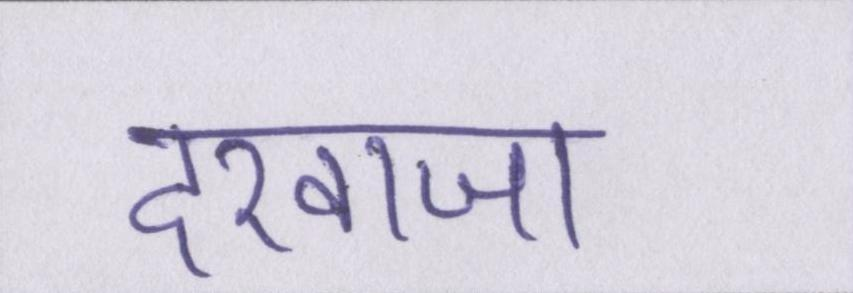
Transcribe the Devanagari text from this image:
दरवाजा